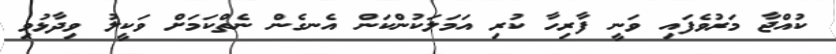
ކުއްޖާ މަރުވެފައި ވަނީ ފާރިހާ ކުރި އަމަލަކުންކަން އެނގެން ނެތްކަމަށް ވަކީލު ވިިދާޅުވި